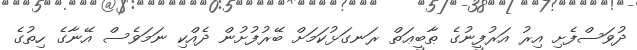
ދުވަސްފެށި އިރު އަރުފީނުގެ ޠާބީޢަތް ރަނގަޅުކަމަށް ބޭރުފުށުން ދެއްކި ނަމަވެސް އޭނާގެ ހިތުގެ